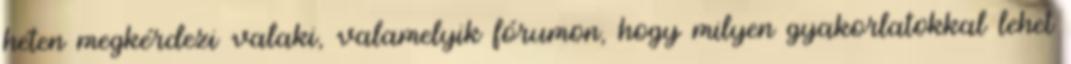
héten megkérdezi valaki, valamelyik fórumon, hogy milyen gyakorlatokkal lehet